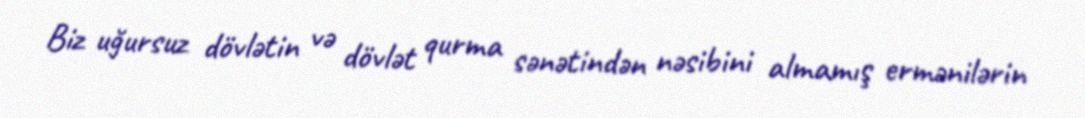
Biz uğursuz dövlətin və dövlət qurma sənətindən nəsibini almamış ermənilərin